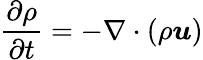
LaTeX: \frac{\partial\rho}{\partial t}=-\nabla\cdot(\rho\boldsymbol{u})